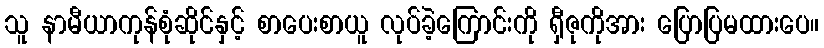
သူ နာမီယာကုန်စုံဆိုင်နှင့် စာပေးစာယူ လုပ်ခဲ့ကြောင်းကို ရှီဇုကိုအား ပြောပြမထားပေ။